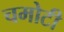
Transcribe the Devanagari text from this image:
चमोटी